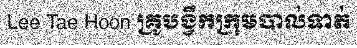
Lee Tae Hoon គ្រូបង្វឹកក្រុមបាល់ទាត់